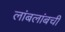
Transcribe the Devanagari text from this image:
लांबलांबची